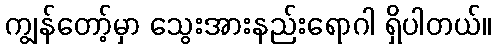
ကျွန်တော့်မှာ သွေးအားနည်းရောဂါ ရှိပါတယ်။